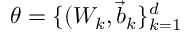
\theta = \{ ( W _ { k } , \vec { b } _ { k } \} _ { k = 1 } ^ { d }